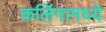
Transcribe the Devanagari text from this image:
कलिंगामध्ये